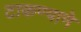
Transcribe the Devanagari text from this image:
टाकण्याने